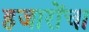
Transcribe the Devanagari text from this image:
हजारोंचा